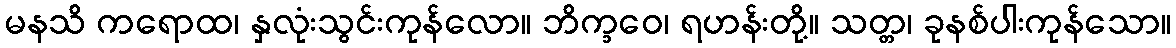
မနသိ ကရောထ၊ နှလုံးသွင်းကုန်လော။ ဘိက္ခဝေ၊ ရဟန်းတို့။ သတ္တ၊ ခုနစ်ပါးကုန်သော။